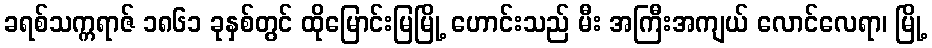
ခရစ်သက္ကရာဇ် ၁၈၆၁ ခုနှစ်တွင် ထိုမြောင်းမြမြို့ ဟောင်းသည် မီး အကြီးအကျယ် လောင်လေရာ၊ မြို့